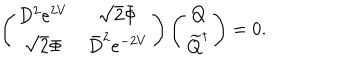
LaTeX: \left( \begin{array} { c c } { { D ^ { 2 } e ^ { 2 V } } } & { { \sqrt { 2 } \bar { \Phi } } } \\ { { \sqrt { 2 } \Phi } } & { { \bar { D } ^ { 2 } e ^ { - 2 V } } } \\ \end{array} \right) \left( \begin{array} { c } { { Q } } \\ { { \widetilde { Q } ^ { \dagger } } } \\ \end{array} \right) = 0 .